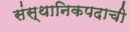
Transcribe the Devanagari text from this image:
संस्थानिकपदाची